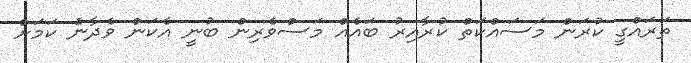
ތަރައްގީ ކުރަން މަސައްކަތް ކުރާއިރު ބައެއް މަސްވެރިން ބުނީ އެކަން ވެދާނެ ކަމަށް